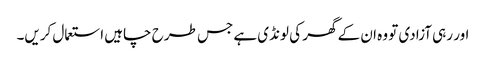
اور رہی آزادی تو وہ ان کے گھر کی لونڈی ہے جس طرح چاہیں استعمال کریں۔